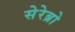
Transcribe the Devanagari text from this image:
सेरेब्रो